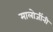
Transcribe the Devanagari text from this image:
मालोजींनी